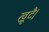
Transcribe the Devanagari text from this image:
खूटै।